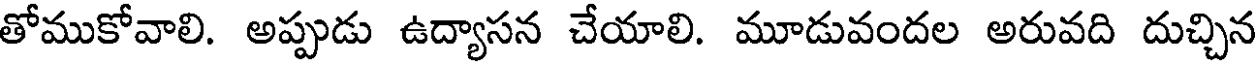
తోముకోవాలి. అప్పుడు ఉద్యాసన చేయాలి. మూడువందల అరువది దుచ్చిన